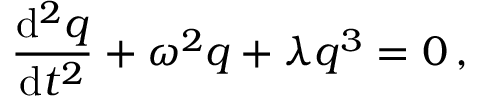
{ \frac { \mathrm { d } ^ { 2 } q } { \mathrm { d } t ^ { 2 } } } + \omega ^ { 2 } q + \lambda q ^ { 3 } = 0 \, ,